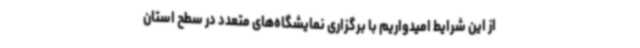
از این شرایط امیدواریم با برگزاری نمایشگاه‌های متعدد در سطح استان